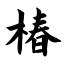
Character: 椿